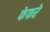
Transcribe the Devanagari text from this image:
फेफरे